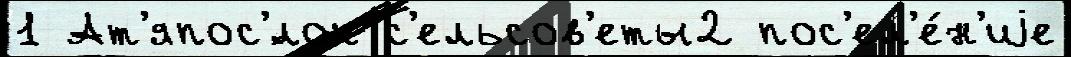
1 Ат'япос'́лок с'ельсов'еты2 пос'ел'е́н'иjе